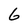
Character: G